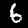
Label: 6